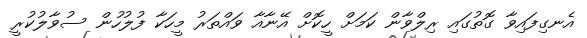
އެނގިފައިވާ ގޮތުގައި ރިލްވާން ކަމަށް ހީކޮށް އޭނާއާ ވައްތަރު މީހަކާ ފުލުހުން ސުވާލުކުރީ